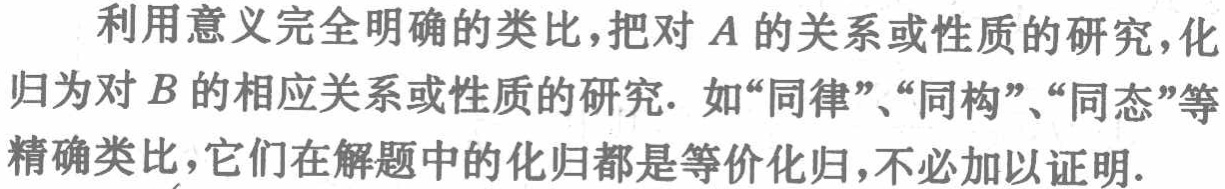
利用意义完全明确的类比，把对\(A\)的关系或性质的研究，化归为对\(B\)的相应关系或性质的研究. 如“同律”、“同构”、“同态”等精确类比，它们在解题中的化归都是等价化归，不必加以证明.